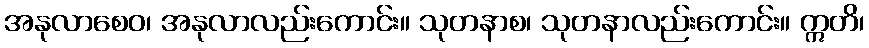
အနုလာစေဝ၊ အနုလာလည်းကောင်း။ သုတနာစ၊ သုတနာလည်းကောင်း။ ဣတိ၊